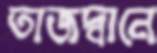
তাজদ্বানে